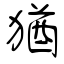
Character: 猶